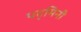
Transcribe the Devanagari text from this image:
पद्‌मिनी